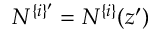
N ^ { \{ i \} ^ { \prime } } = N ^ { \{ i \} } ( z ^ { \prime } )